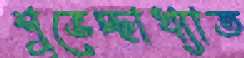
শুভেচ্ছাখ্যাত